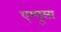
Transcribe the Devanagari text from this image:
एम्पुसा